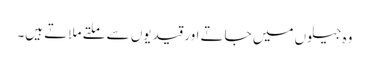
وہ جیلوں میں جاتے اور قیدیوں سے ملتے ملاتے ہیں۔